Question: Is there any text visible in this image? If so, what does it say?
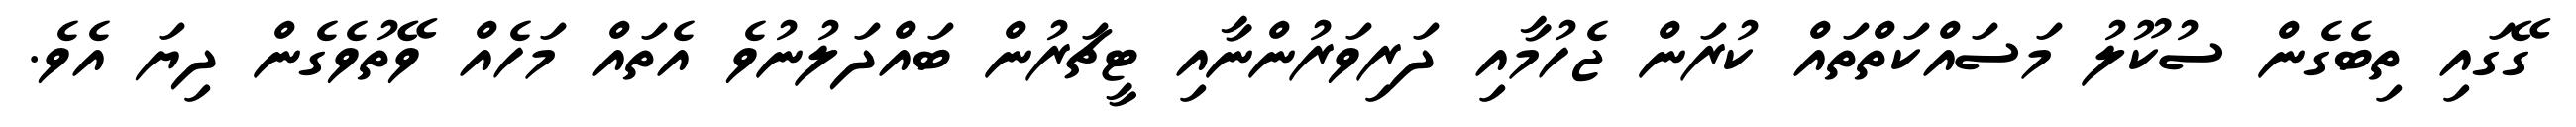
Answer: ގޭގައި ތިބެގެން ސުކޫލު މަސައްކަތްތައް ކުރަން ޖެހުމާއި ދަރިވަރުންނާއި ޓީޗަރުން ބައްދަލުނުވެ އެތައް މަހެއް ވޭތުވެގެން ދިޔަ އެވެ.